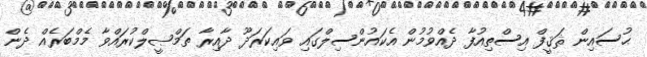
ޙުސައިން ޘަޤީފް އިސްތިއުފާ ދެއްވުމުން އެކައުންސިލްގައި ވައިކަރަދޫ ދާއިރާ ތަމްޞީލްކުރައްވާ މެމްބަރެއް ދެން